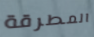
المطرقة